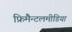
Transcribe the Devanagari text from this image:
फ्रिमैन्टलमीडिया